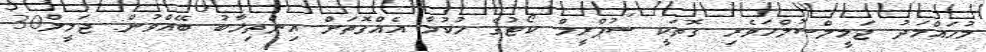
މުހައްމަދު ޖަމީލްސުލްހަވެރި ގޮތަކީ ސުޕްރީމް ކޯޓުގެ ހުކުމާ އެއްގޮތަށް އިންތިޚާބު ބޭއްވުން: ޖަމީލް30